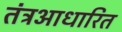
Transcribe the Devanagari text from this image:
तंत्रआधारित